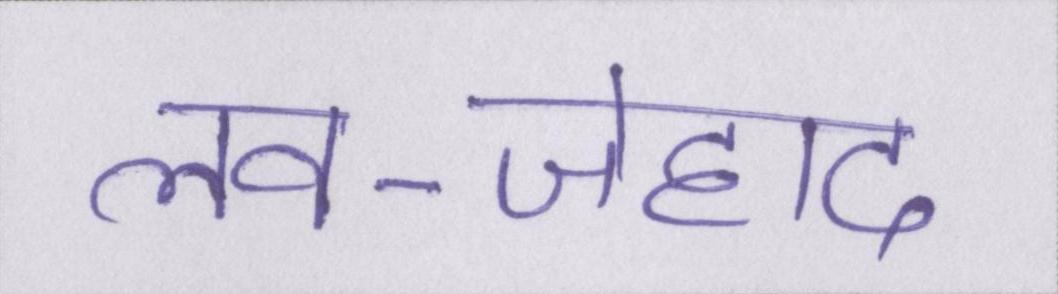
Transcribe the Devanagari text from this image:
लव-जेहाद